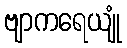
ဗျာကရေယျုံ